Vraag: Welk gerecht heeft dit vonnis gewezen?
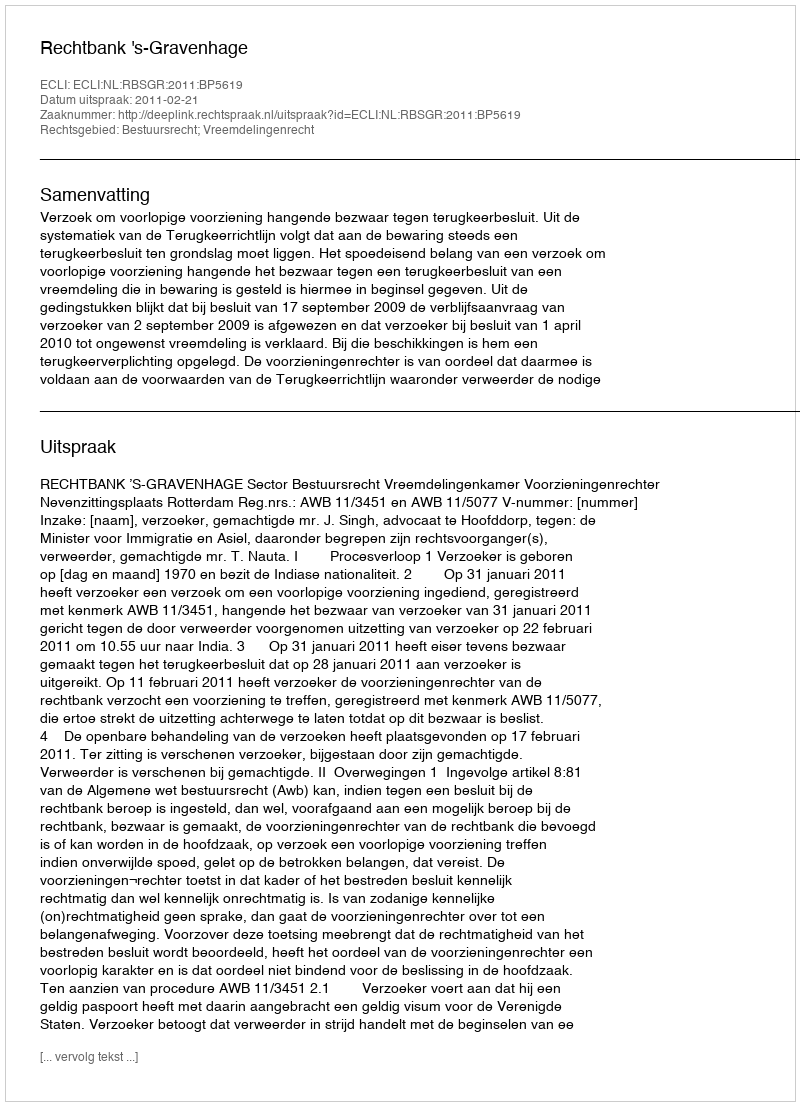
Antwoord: Rechtbank 's-Gravenhage